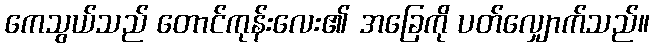
ကေသွယ်သည် တောင်ကုန်းလေး၏ အခြေကို ပတ်လျှောက်သည်။